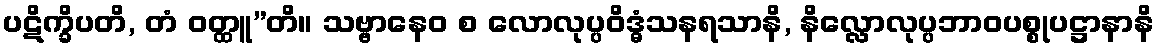
ပဋိက္ခိပတိ, တံ ဝတ္ထူ”တိ။ သဗ္ဗာနေဝ စ လောလုပ္ပဝိဒ္ဓံသနရသာနိ, နိလ္လောလုပ္ပဘာဝပစ္စုပဋ္ဌာနာနိ